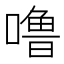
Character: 噜